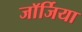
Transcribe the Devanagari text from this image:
जाॅर्जिया